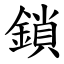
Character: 鎖